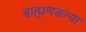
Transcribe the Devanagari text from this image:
ब्राह्मणकन्या